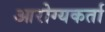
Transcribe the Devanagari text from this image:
आरोग्यकर्ता